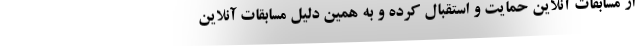
از مسابقات آنلاین حمایت و استقبال کرده و به همین دلیل مسابقات آنلاین